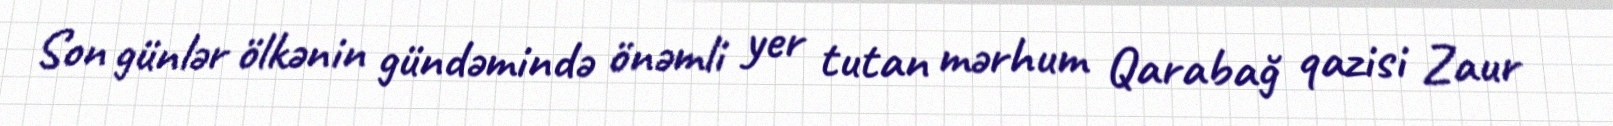
Son günlər ölkənin gündəmində önəmli yer tutan mərhum Qarabağ qazisi Zaur